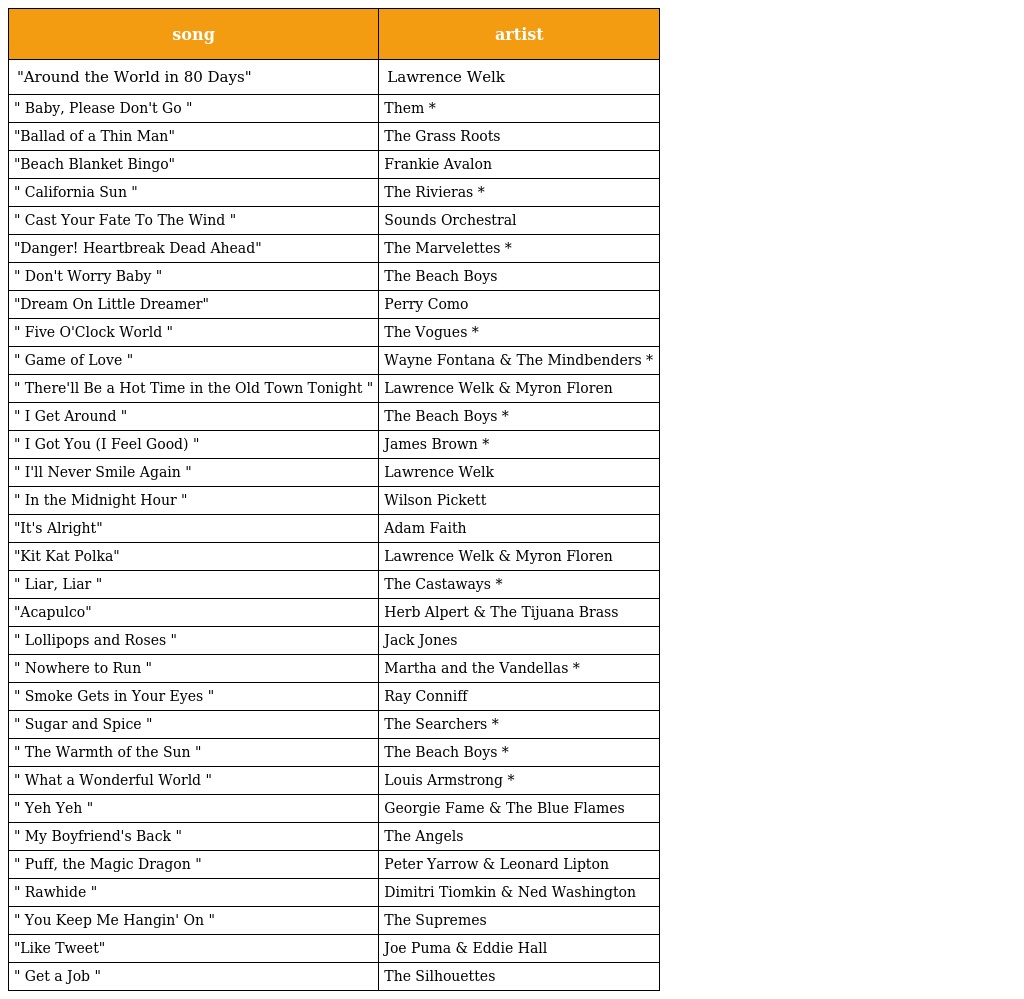
| song | artist |
 | --- | --- |
 | "Around the World in 80 Days" | Lawrence Welk |
 | " Baby, Please Don't Go " | Them * |
 | "Ballad of a Thin Man" | The Grass Roots |
 | "Beach Blanket Bingo" | Frankie Avalon |
 | " California Sun " | The Rivieras * |
 | " Cast Your Fate To The Wind " | Sounds Orchestral |
 | "Danger! Heartbreak Dead Ahead" | The Marvelettes * |
 | " Don't Worry Baby " | The Beach Boys |
 | "Dream On Little Dreamer" | Perry Como |
 | " Five O'Clock World " | The Vogues * |
 | " Game of Love " | Wayne Fontana & The Mindbenders * |
 | " There'll Be a Hot Time in the Old Town Tonight " | Lawrence Welk & Myron Floren |
 | " I Get Around " | The Beach Boys * |
 | " I Got You (I Feel Good) " | James Brown * |
 | " I'll Never Smile Again " | Lawrence Welk |
 | " In the Midnight Hour " | Wilson Pickett |
 | "It's Alright" | Adam Faith |
 | "Kit Kat Polka" | Lawrence Welk & Myron Floren |
 | " Liar, Liar " | The Castaways * |
 | "Acapulco" | Herb Alpert & The Tijuana Brass |
 | " Lollipops and Roses " | Jack Jones |
 | " Nowhere to Run " | Martha and the Vandellas * |
 | " Smoke Gets in Your Eyes " | Ray Conniff |
 | " Sugar and Spice " | The Searchers * |
 | " The Warmth of the Sun " | The Beach Boys * |
 | " What a Wonderful World " | Louis Armstrong * |
 | " Yeh Yeh " | Georgie Fame & The Blue Flames |
 | " My Boyfriend's Back " | The Angels |
 | " Puff, the Magic Dragon " | Peter Yarrow & Leonard Lipton |
 | " Rawhide " | Dimitri Tiomkin & Ned Washington |
 | " You Keep Me Hangin' On " | The Supremes |
 | "Like Tweet" | Joe Puma & Eddie Hall |
 | " Get a Job " | The Silhouettes |